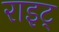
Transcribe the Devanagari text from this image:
राइट्‍